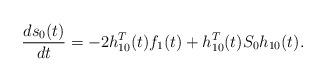
LaTeX: \begin{align*}\frac{ds_{0}(t)}{dt}=-2h_{10}^{T}(t)f_{1}(t)+h_{10}^{T}(t)S_{0}h_{10}(t).\end{align*}